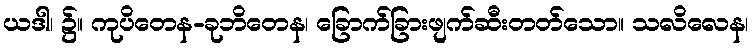
ယဒါ၊ ၌။ ကုပိတေန-ခုဘိတေန၊ ခြောက်ခြားဖျက်ဆီးတတ်သော။ သလိလေန၊